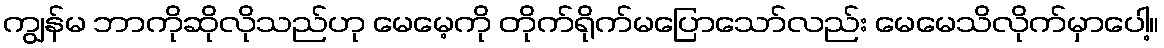
ကျွန်မ ဘာကိုဆိုလိုသည်ဟု မေမေ့ကို တိုက်ရိုက်မပြောသော်လည်း မေမေသိလိုက်မှာပေါ့။